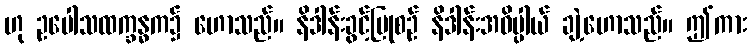
ဟု ဥပေါသထက္ခန္ဓက၌ ဟောသည်။ နိဒါန်းခွင့်ပြုစဉ် နိဒါန်းအဓိပ္ပါယ် ချဲ့ဟောသည်။ ဤကား